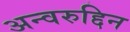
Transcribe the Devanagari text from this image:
अन्वरुद्दिन